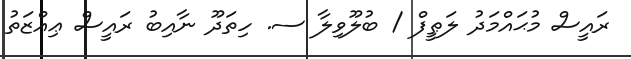
ރައީސް މުޙައްމަދު ލަޠީފް / ބުލޫވިލާ ސ. ހިތަދޫ ނާއިބު ރައީސް ޢިއްޒަތު